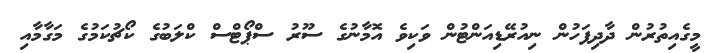
މީގެއިތުރުން ދާދިފަހުން ނިއުރޭޑިއަންޓުން ވަކިވެ އޮމާނުގެ ސޫރު ސްޕޯޓްސް ކްލަބުގެ ކޯޗުކަމުގެ މަގާމާއި